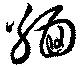
緬